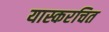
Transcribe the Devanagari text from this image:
यास्करचित